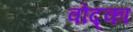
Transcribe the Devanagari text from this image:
वोद्का